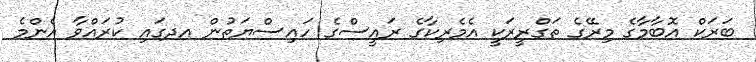
ބަރަކް އޮބާމާގެ މިރޭގެ ތަގްރީރަކީ އެމެރިކާގެ ރައީސްގެ ހައިސްޔަތުން އދގައި ކުރައްވާ އެންމެ